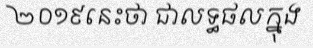
២០១៩នេះថា ជាលទ្ធផលក្នុង